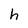
Character: h